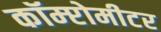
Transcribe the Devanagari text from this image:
कॉम्प्टोमीटर